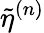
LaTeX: \tilde{\eta}^{(n)}